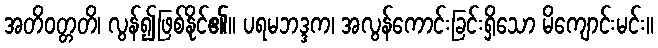
အတိဝတ္တတိ၊ လွန်၍ဖြစ်နိုင်၏။ ပရမဘဒ္ဒက၊ အလွန်ကောင်းခြင်းရှိသော မိကျောင်းမင်း။